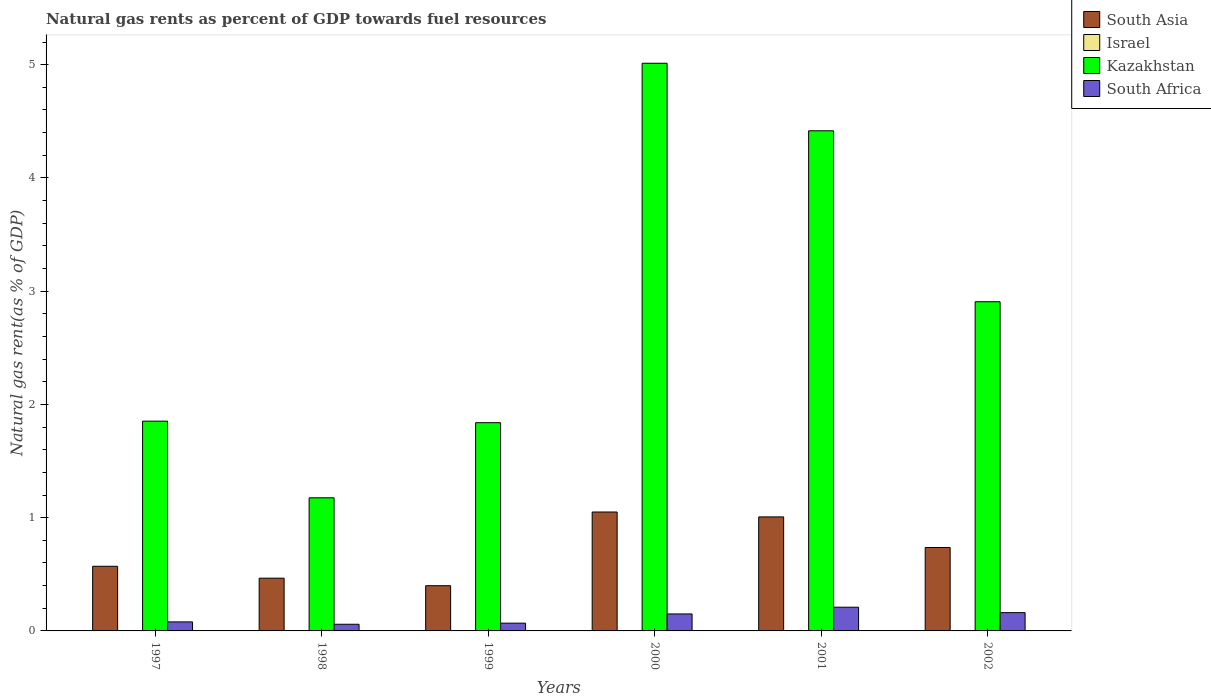
| Years | South Asia | Israel | Kazakhstan | South Africa |
 | --- | --- | --- | --- | --- |
 | 1997 | 0.571 | 0.00101 | 1.85 | 0.0797 |
 | 1998 | 0.466 | 0.000558 | 1.18 | 0.0588 |
 | 1999 | 0.399 | 0.000429 | 1.84 | 0.0685 |
 | 2000 | 1.05 | 0.000869 | 5.01 | 0.15 |
 | 2001 | 1.01 | 0.000845 | 4.42 | 0.21 |
 | 2002 | 0.737 | 0.000617 | 2.91 | 0.161 |